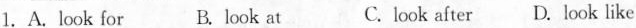
1.A.look for B.look at C.look after D.Look like